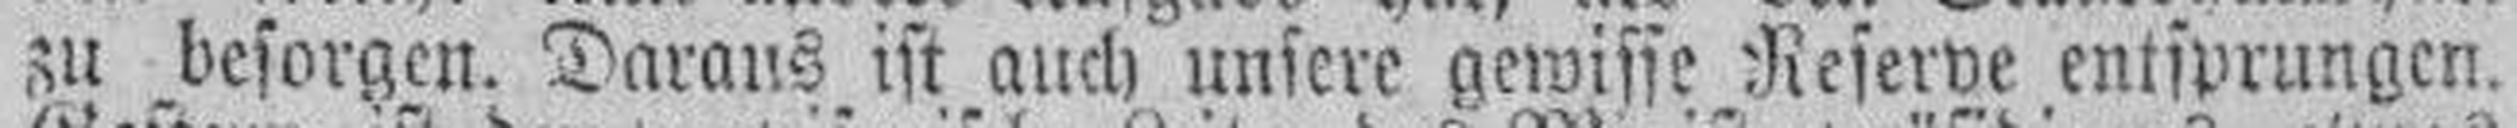
zu besorgen. Daraus ist auch unsere gewisse Reserve entsprungen.